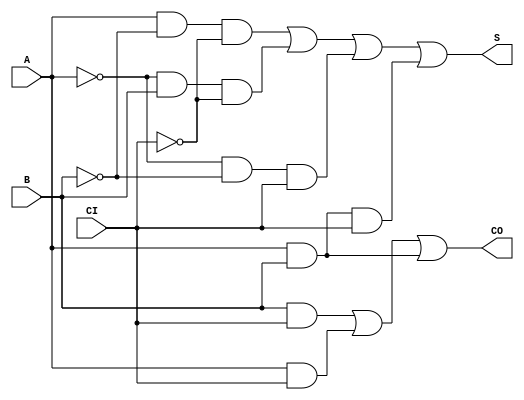
`timescale 1ns / 1ps
`default_nettype none
//////////////////////////////////////////////////////////////////////////////////
// 
// Module Name:    alu_and 
// Description: 
//
//////////////////////////////////////////////////////////////////////////////////
module alu_add_1bit(A, B, CI, S, CO);
	//port definitions
	input wire A, B, CI;
	output wire S, CO; 

	// instantiate module's hardware
	assign S = (A & ~B & ~CI) | (~A & B & ~CI) | (~A & ~B & CI) | (A & B & CI);
	assign CO = (B & CI) | (A & CI) | (A & B);
endmodule
`default_nettype wire